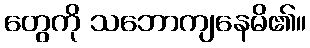
တွေကို သဘောကျနေမိ၏။